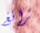
زانغ